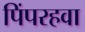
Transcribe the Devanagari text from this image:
पिंपरहवा